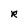
Character: R